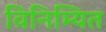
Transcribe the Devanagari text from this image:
विनिम्यित